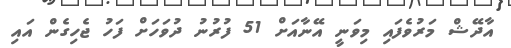
އާދޭޝް މަރުވެފައި މިވަނީ އޭނާއަށް 51 ފުރުނު ދުވަހަށް ފަހު ޖެހިގެން އައި